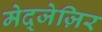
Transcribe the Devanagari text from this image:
मेद्जेज़िर